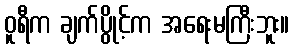
ဝူရီက ချက်ပွိုင့်က အရေးမကြီးဘူး။